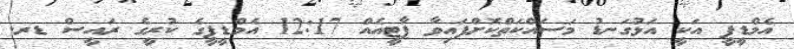
އެމްޑީޕީ އަކީ އަޅުގަނޑު މަސައްކަތްކޮށްފައިވާ ޕާޓީއެއް 12:17 އެމްޑީޕީގެ ކުރީގެ ރައީސް ޑރ.